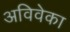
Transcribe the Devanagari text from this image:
अविवेका